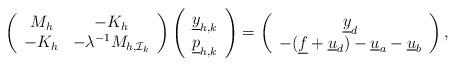
LaTeX: \begin{align*} \left( \begin{array}{cc} M_h & -K_h \\ -K_h & -\lambda^{-1} M_{h,\mathcal{I}_{k}} \end{array} \right) \left( \begin{array}{c} \underline{y}_{h,k} \\ \underline{p}_{h,k} \end{array} \right) = \left( \begin{array}{c} \underline{y}_d \\ -(\underline{f}+\underline{u}_d) - \underline{u}_a - \underline{u}_b \end{array} \right),\end{align*}